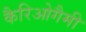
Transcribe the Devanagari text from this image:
कैरिओगैमी